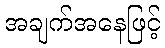
အချက်အနေဖြင့်